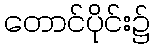
တောင်ပိုင်း၌